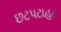
છટપટાહટ